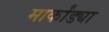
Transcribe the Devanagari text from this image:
मार्कांड्या